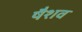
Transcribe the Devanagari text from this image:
षैशव